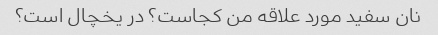
نان سفید مورد علاقه من کجاست؟ در یخچال است؟